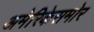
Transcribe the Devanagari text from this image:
अमेरिकेसमोर